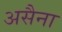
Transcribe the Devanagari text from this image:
असैना